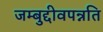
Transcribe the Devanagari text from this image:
जम्बुद्दीवपन्नति